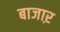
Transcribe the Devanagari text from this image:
बाजाऱ